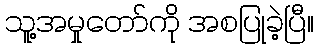
သူ့အမှုတော်ကို အစပြုခဲ့ပြီ။